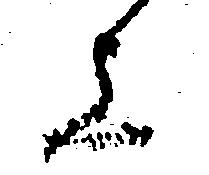
上